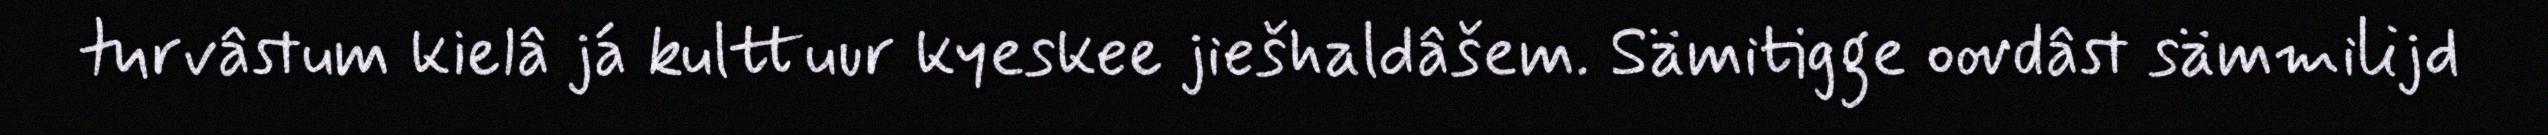
turvâstum kielâ já kulttuur kyeskee jiešhaldâšem. Sämitigge oovdâst sämmilijd